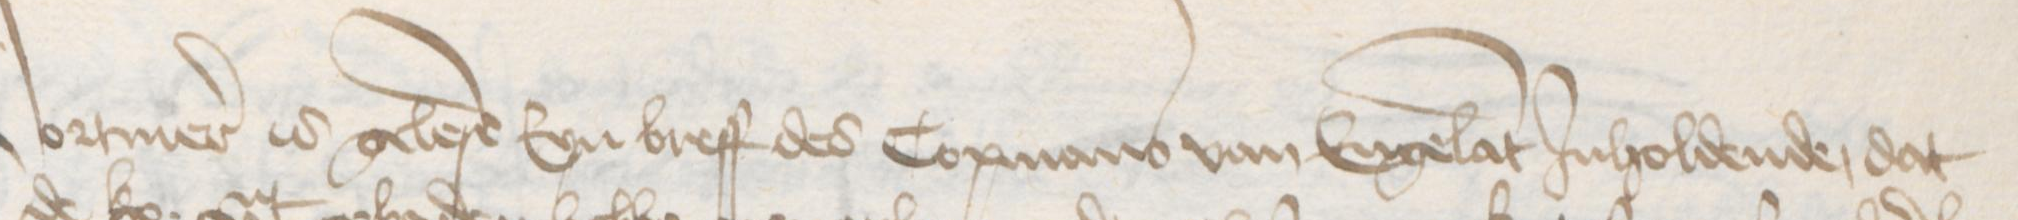
Transcription: Vormer is gelese Eyn breff des Copmans van Engelant Jnholdende, dat